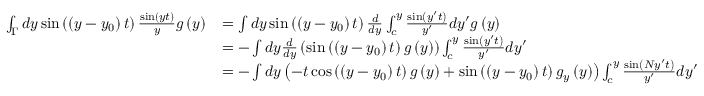
\begin{array} { r l } { \int _ { \Gamma } d y \sin \left( \left( y - y _ { 0 } \right) t \right) \frac { \sin \left( y t \right) } { y } g \left( y \right) } & { = \int d y \sin \left( \left( y - y _ { 0 } \right) t \right) \frac { d } { d y } \int _ { c } ^ { y } \frac { \sin \left( y ^ { \prime } t \right) } { y ^ { \prime } } d y ^ { \prime } g \left( y \right) } \\ & { = - \int d y \frac { d } { d y } \left( \sin \left( \left( y - y _ { 0 } \right) t \right) g \left( y \right) \right) \int _ { c } ^ { y } \frac { \sin \left( y ^ { \prime } t \right) } { y ^ { \prime } } d y ^ { \prime } } \\ & { = - \int d y \left( - t \cos \left( \left( y - y _ { 0 } \right) t \right) g \left( y \right) + \sin \left( \left( y - y _ { 0 } \right) t \right) g _ { y } \left( y \right) \right) \int _ { c } ^ { y } \frac { \sin \left( N y ^ { \prime } t \right) } { y ^ { \prime } } d y ^ { \prime } } \end{array}